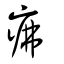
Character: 疿